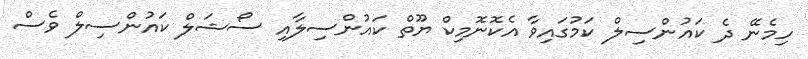
ހިމެނޭ ދެ ކައުންސިލް ކަމުގައިވާ އެކޮނޮމިކް ޔޫތް ކައުންސިލާއި ސޯޝަލް ކައުންސިލް ވެސް